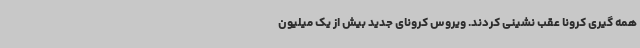
همه گیری کرونا عقب نشینی کردند. ویروس کرونای جدید بیش از یک میلیون